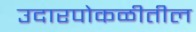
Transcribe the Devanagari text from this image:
उदारपोकळीतील